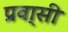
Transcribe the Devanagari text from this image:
प्रवा्सी